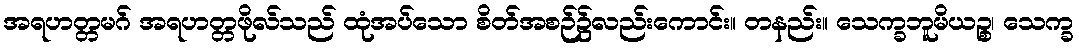
အရဟတ္တမဂ် အရဟတ္တဖိုလ်သည် ထုံအပ်သော စိတ်အစဉ်၌လည်းကောင်း။ တနည်း။ သေက္ခဘူမိယဉ္စ၊ သေက္ခ